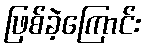
ဖြစ်ခဲ့ကြောင်း